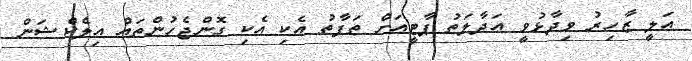
އަލީ ޒާހިރު ވިދާޅުވީ އަދާލަތު ޕާޓީއަށް ތަފާތު އެކި އެކި ގޮންޖެހުންތައް އިލެކްޝަން